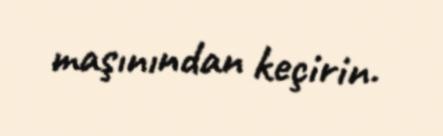
maşınından keçirin.